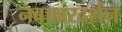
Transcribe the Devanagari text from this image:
नवाक्षरदर्शन